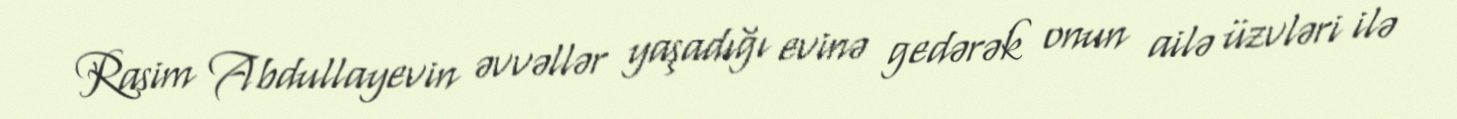
Rasim Abdullayevin əvvəllər yaşadığı evinə gedərək onun ailə üzvləri ilə